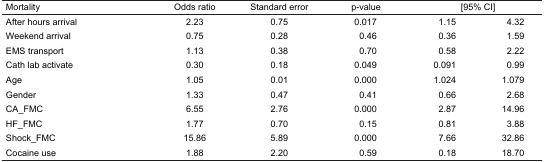
| Mortality | Odds ratio | Standard error | p-value | <COLSPAN=2> [95% CI] |
 | --- | --- | --- | --- | --- | --- |
 | After hours arrival | 2.23 | 0.75 | 0.017 | 1.15 | 4.32 |
 | Weekend arrival | 0.75 | 0.28 | 0.46 | 0.36 | 1.59 |
 | EMS transport | 1.13 | 0.38 | 0.70 | 0.58 | 2.22 |
 | Cath lab activate | 0.30 | 0.18 | 0.049 | 0.091 | 0.99 |
 | Age | 1.05 | 0.01 | 0.000 | 1.024 | 1.079 |
 | Gender | 1.33 | 0.47 | 0.41 | 0.66 | 2.68 |
 | CA_FMC | 6.55 | 2.76 | 0.000 | 2.87 | 14.96 |
 | HF_FMC | 1.77 | 0.70 | 0.15 | 0.81 | 3.88 |
 | Shock_FMC | 15.86 | 5.89 | 0.000 | 7.66 | 32.86 |
 | Cocaine use | 1.88 | 2.20 | 0.59 | 0.18 | 18.70 |